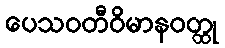
ပေသဝတီဝိမာနဝတ္ထု